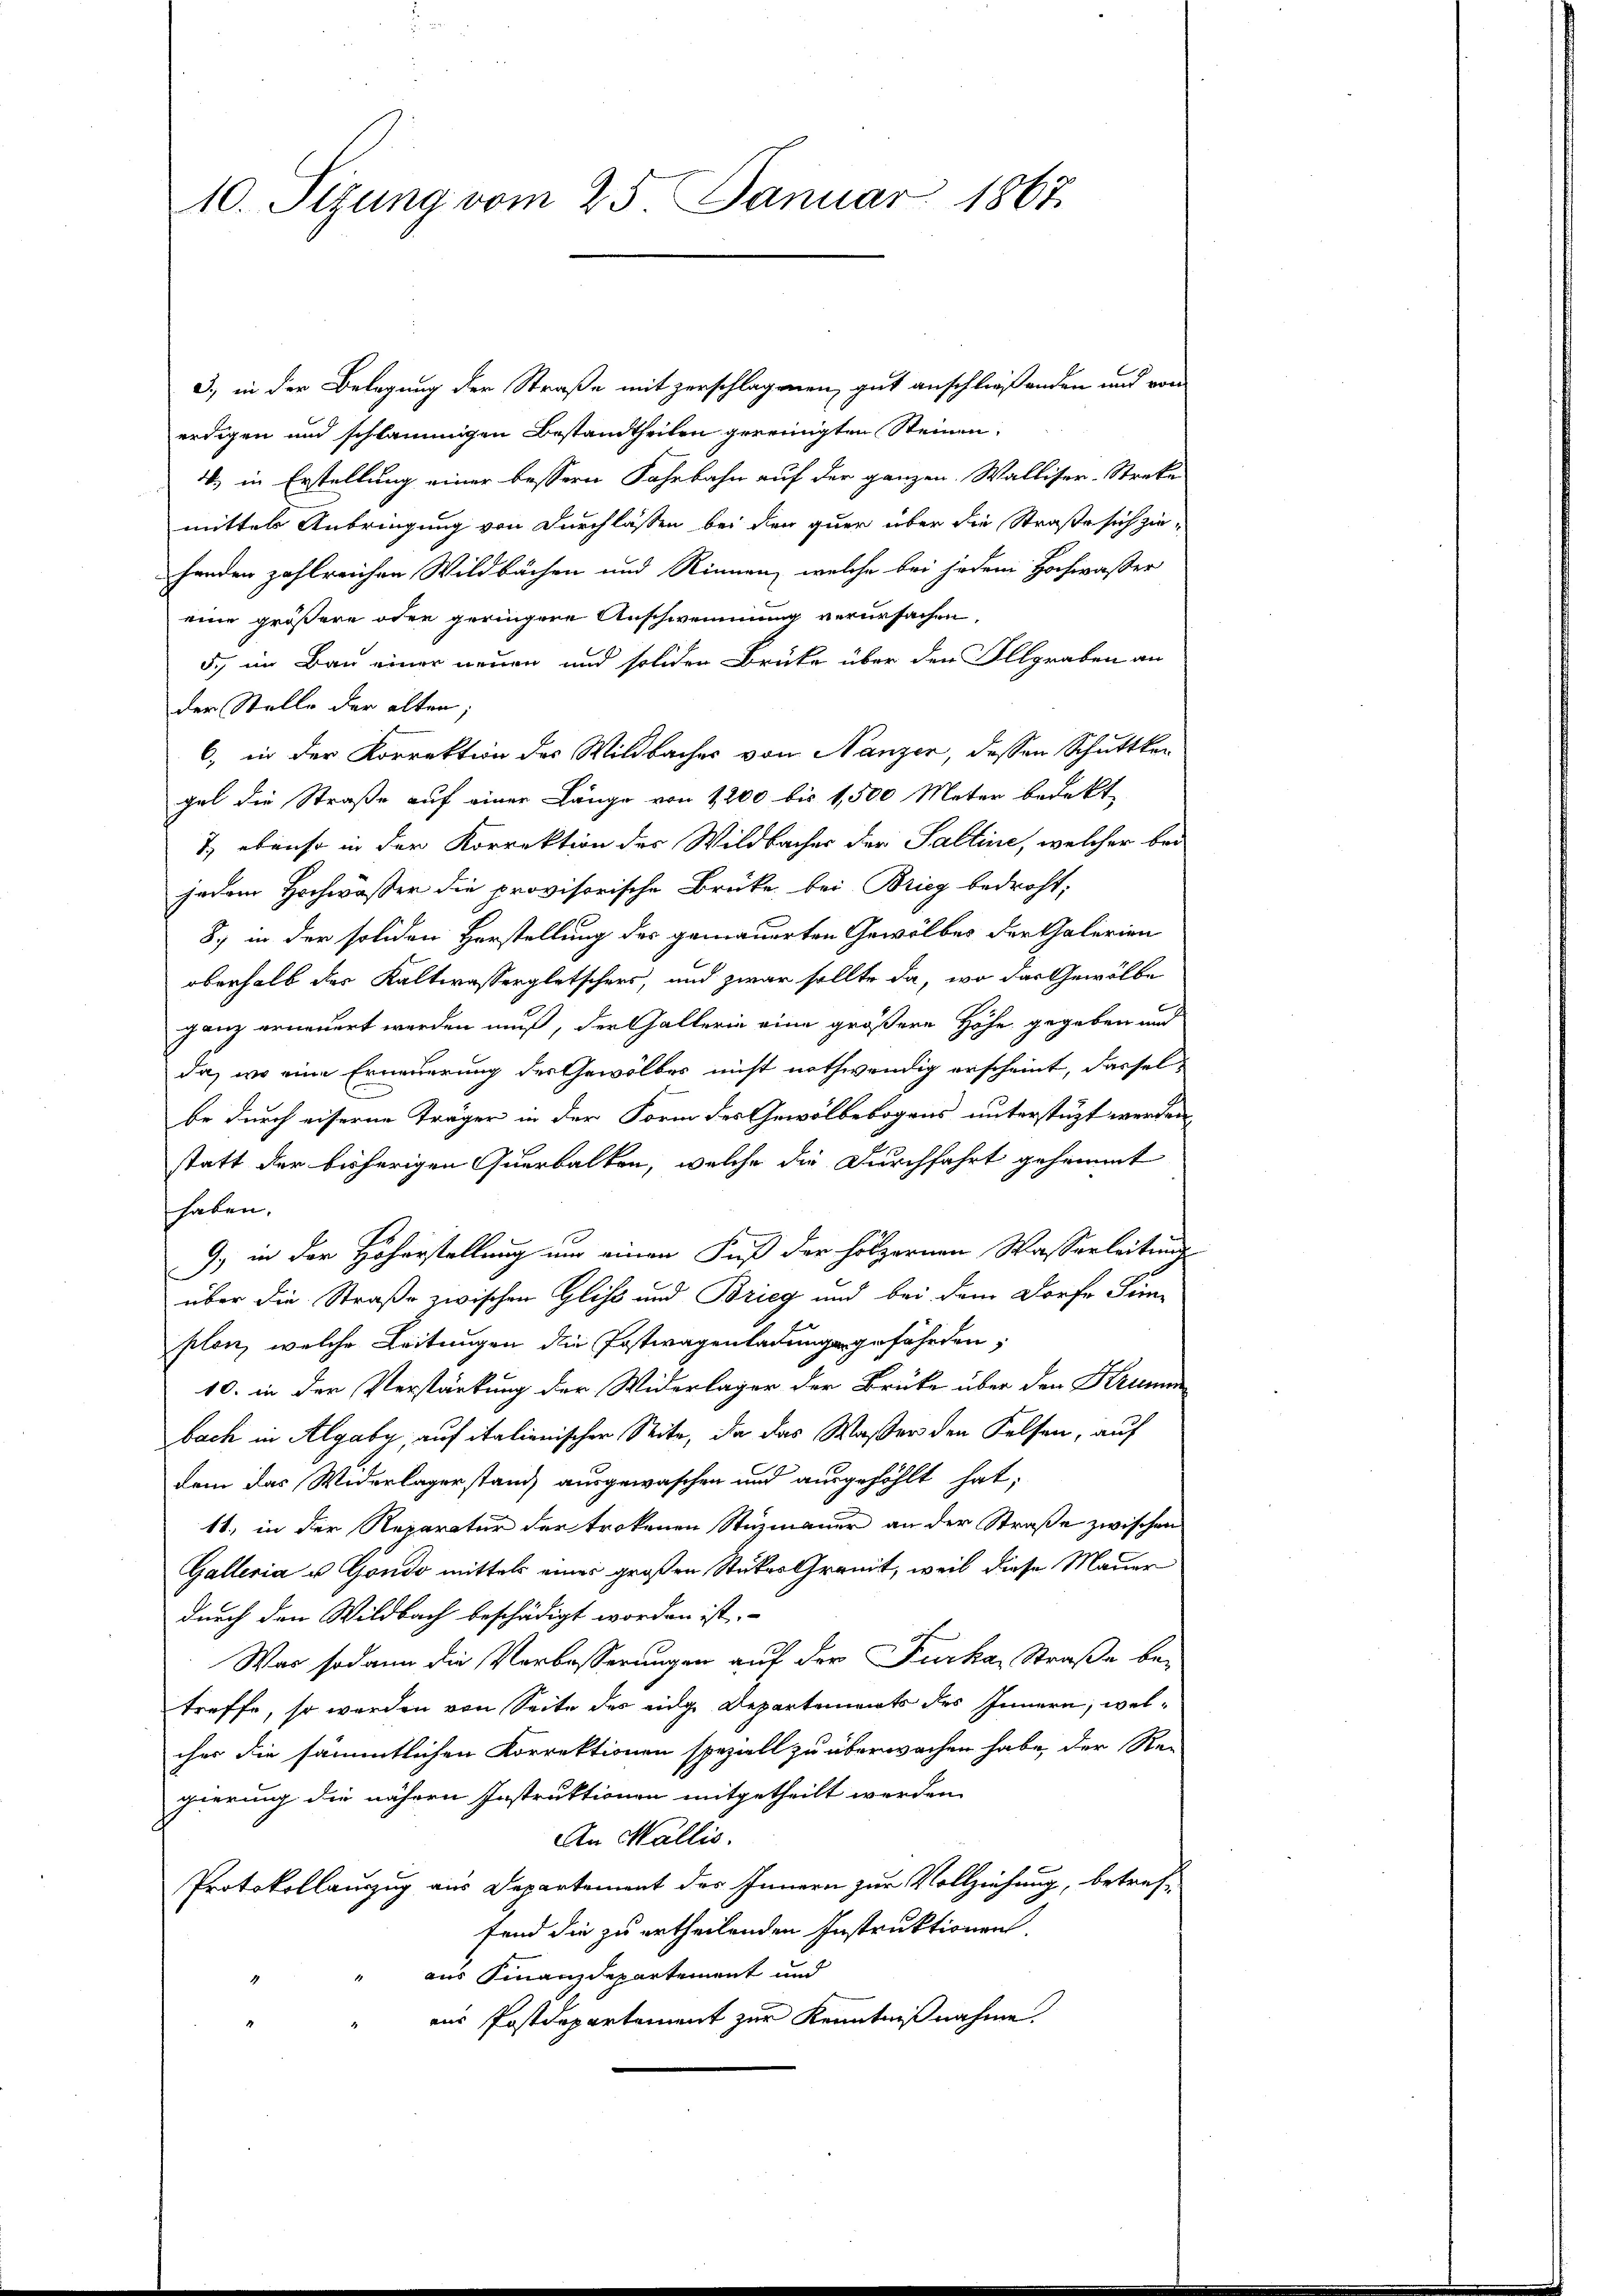
10. Sizung vom 25. Januar 1867.

3.) in der Belegung der Straße mit zerschlagenen gut anschließenden und von
erdigen und schlammigen Bestandtheilen gereinigten Steinen,
4) in Erstellung einer bessern Fahrbahn auf der ganzen Walliser-Streke
mittel Anbringung von Durchlassen bei den quer über die Straße sich ziehenden zahlreichen Wildbächen und Rinnen, welche bei jedem Hochwasser
eine größere oder geringere Anschwemmung verursachen,
5., im Bau einer neuen und soliden Brüke über den Illgraben an
der Stelle der alten;
6, in der Korrektion des Wildbaches von Nanzer, dessen Schuttker
gel die Straße auf einer Länge von 1200 bis 1,500 Meter bedekt
7) ebenso in der Korrektion des Wildbacher der Saltine, welcher bei
jedem Hochwäßer die provisorische Brüke bei Brieg bedroht,
8.) in der soliden Herstellung des gemauerten Gewölbes der Galerien
oberhalb des Kaltwassengletschers, und zwar sollte da, wo das Gewölbe
ganz erneuert werden muß, der Gallerin eine größere Höhe gegeben und
da, wo eine Erneuerung des Gewölbes nicht nothwendig erscheint, dassel-
be durch eiserne Träger in der Form des Gewölbebogens unterstüzt werden,
statt der bisherigen Querbalken, welche die Durchfahrt gesammt
haben,
9) in der Höherstellung um einen Fuß der hölzernen Wasserleitung
über die Straße zwischen Glist und Brieg und bei dem Dorfe Sin-
plon, welche Leitungen die Postwagenladungsgefährden;
10. in der Verstärkung der Widerlager der Brüke über den Krumm
bach in Algaby, auf italienischen Seite, da das Waßer den Kelfen, auf
dem das Widerlagerstand ausgewaschen und ausgefählt hat;
11., in der Reparatur der trokenen Stuzmauer an der Straße zwischen
Galleria u. Gondo mittels einer großen Stückes Grandt, weil diese Mauer
durch den Wildbach beschädigt worden ist.
Was sodann die Vorbesserungen auf der Furka, Straße betreffe, so werden von Seite des eidge Departements des Innern, welches die sämmtlichen Korrektionen speziell zu überwachen habe, der Re-
gierung die nähern Instruktionen mitgetheilt werden.
An Wallis.
Protokollauszug aus Departement des Innern zur Vollziehung, betreffend die zu ertheilenden Instruktionen.
aus Finanzdepartement und
aus Postdepartement zur Kenntnißnahme.